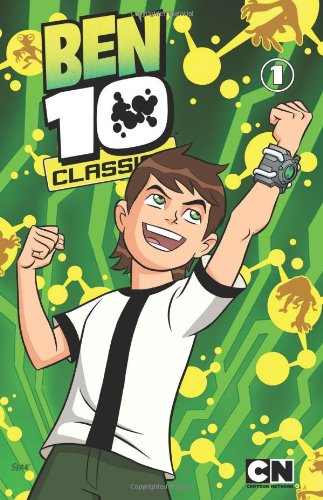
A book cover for Ben 10 Classics Volume 1: Ben Here Before; Comics & Graphic Novels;